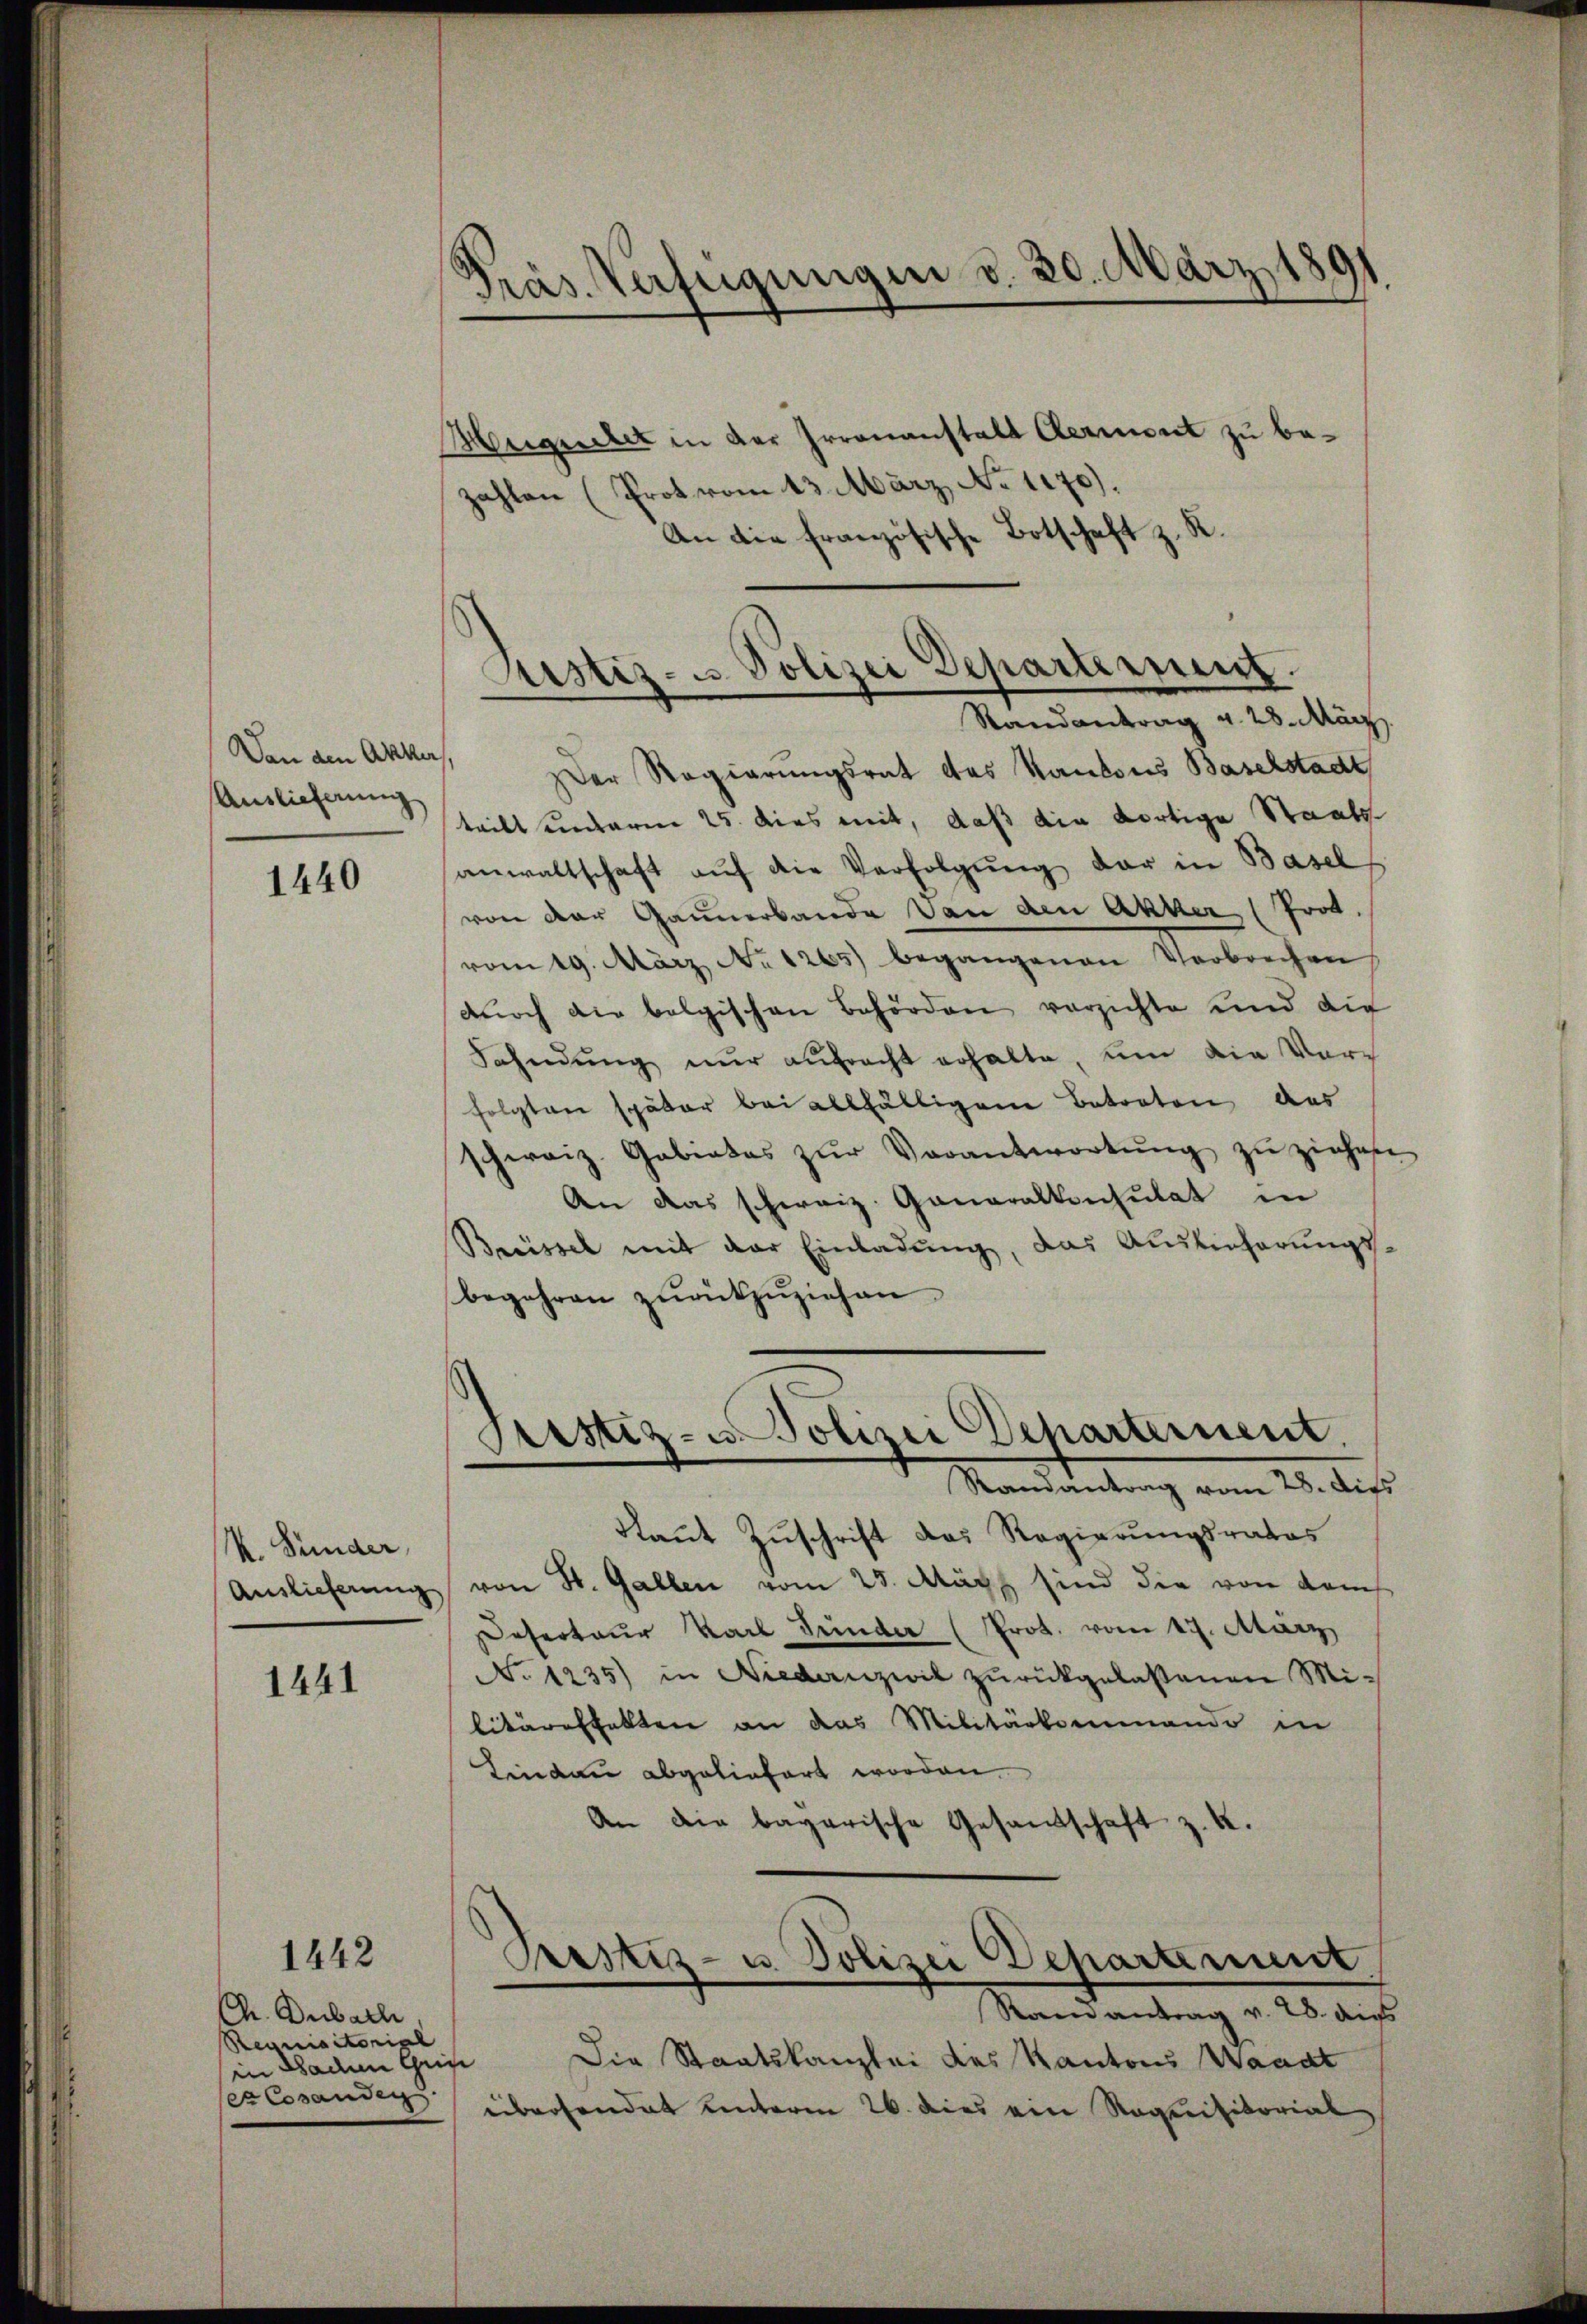
Von den Akker,
Auslieferung

1440

k. Bunder

1441

1442

Ch. Dubach
Reuniactoris
in Baden Chaise
ex Cosanden.

Präs. Verfügungen v. 30. März 1891

Hugschet in der Irrenanstalt Aermort zu bezahlen (Prot vom 13. März, No 1170).
An die französische Botschaft z. R.
Der Regierungsrat des Kantons Baselstadt
teilt anderm 25. dies mit, daß die dortige Staats
anwaltschaft aŭf die Verfolgŭng der in Basel
von der Gaunerbande von den Akker (Prot.
vom 19. März. No. 120.) begangenen Verbrechen
durch die belgischen Behörden verzichte und die
Fahndŭng nŭr aŭfracht erhalte, um die Vorfolgten später bei allfälligen Betreten des
schweiz. Gebietes zŭr Verantwortŭng zŭ ziehene
An das schweiz. Generalkonsulat in
Breissel mit der Einladŭng, das Auslieferungs-
begehren zŭrückzuziehen.
Sistiz- u Polizei Departement,
Randantrag vom 28. dies
Raut Zuschrift das Regierungsrates
Auslieferung von St. Gallen vom 25. März sind die von dem
Desertaur Karl Gunder (Prot. vom 19. März
No 1235) in Niedenzwil zŭrückgelassenen Mi-
litäreshalten an das Militärkommando in
Tindau abgeliefert worden.
An die bayerische Gesandtschaft z. K.
Prestiz- u. Polizei Departement
Ramantrag v. 28. die
Die Staatskanzlei des Kantons Waadt
übersendet unterm 26. dies ein Requisitorial

Rustiz- u. Polizei Departement.
Randantrag v. 28. März